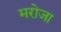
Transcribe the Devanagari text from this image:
मरोजा